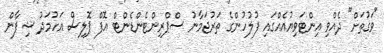
"ވަގުތަށް" ދެއްވި އިންޓަވިޔުއެއްގައި ފުލުހުންގެ ތަރުޖަމާނު ސްޕްރިންޓެންޑެންޓް އޮފް ޕޮލިސް އަހުމަދު ޝިފާން